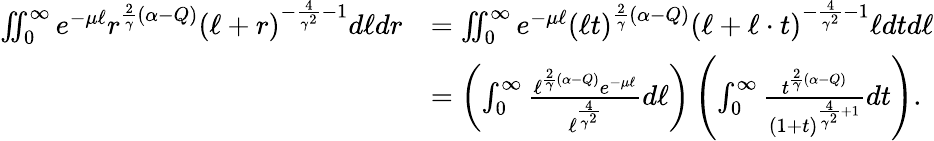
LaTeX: \begin{array}{rl}{\iint_{0}^{\infty}e^{-\mu\ell}r^{\frac{2}{\gamma}(\alpha-Q)}(\ell+r)^{-\frac{4}{\gamma^{2}}-1}d\ell dr}&{=\iint_{0}^{\infty}e^{-\mu\ell}(\ell t)^{\frac{2}{\gamma}(\alpha-Q)}(\ell+\ell\cdot t)^{-\frac{4}{\gamma^{2}}-1}\ell dtd\ell}\\ &{=\left(\int_{0}^{\infty}\frac{\ell^{\frac{2}{\gamma}(\alpha-Q)}e^{-\mu\ell}}{\ell^{\frac{4}{\gamma^{2}}}}d\ell\right)\left(\int_{0}^{\infty}\frac{t^{\frac{2}{\gamma}(\alpha-Q)}}{(1+t)^{\frac{4}{\gamma^{2}}+1}}dt\right).}\end{array}